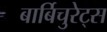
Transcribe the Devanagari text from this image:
बार्बिचुरेट्स